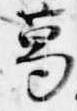
葛